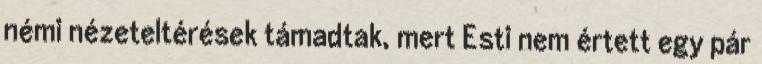
némi nézeteltérések támadtak, mert Esti nem értett egy pár